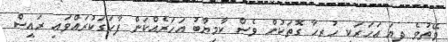
ވޭތުވެ ދިޔަ އަހަރަކީ ހުރިހާ ގޮތަކުން ވެސް ކާމިޔާބު އަހަރެއްކަން ފާހަގަކުރައްވައި ރައީސް